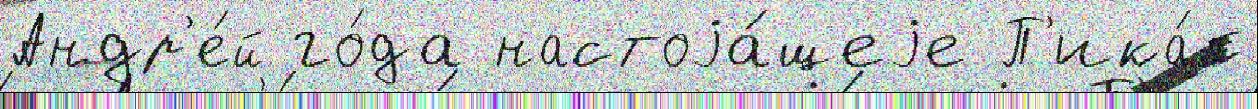
Андр'е́й го́да настоjа́щеjе П'ика́п